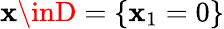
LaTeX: \mathbf{x}\inD=\{ \mathbf{x}_{1}=0\}